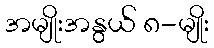
အမျိုးအနွယ် ၈-မျိုး